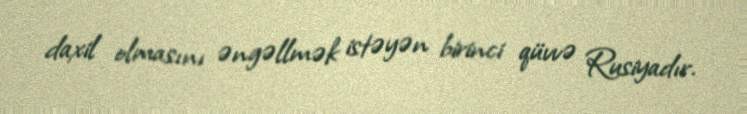
daxil olmasını əngəllmək istəyən birinci qüvvə Rusiyadır.